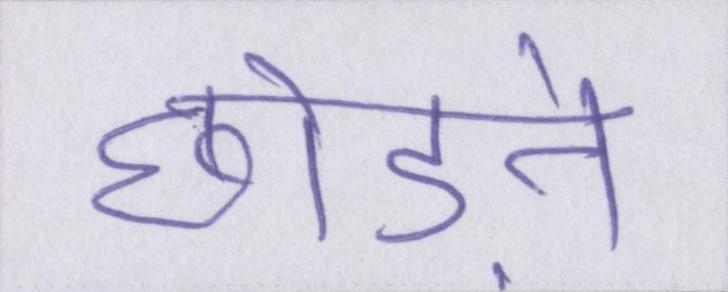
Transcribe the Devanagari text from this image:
छोडऩे